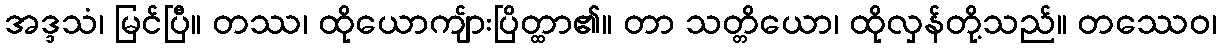
အဒ္ဒသံ၊ မြင်ပြီ။ တဿ၊ ထိုယောကျ်ားပြိတ္ထာ၏။ တာ သတ္တိယော၊ ထိုလှန်တို့သည်။ တဿေဝ၊